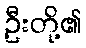
ဦးတို့၏